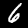
Label: 6